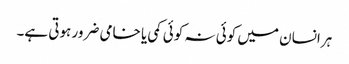
ہرانسان میں کوئی نہ کوئی کمی یا خامی ضرور ہوتی ہے۔